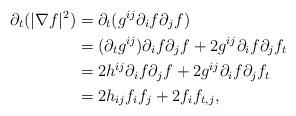
LaTeX: \begin{align*} \partial_t (| \nabla f|^2) & = \partial_t(g^{ij} \partial_i f \partial_j f) \\ \displaystyle &= (\partial_t g^{ij}) \partial_i f \partial_j f + 2 g^{ij} \partial_i f \partial_j f_t \\ \displaystyle & = 2 h^{ij} \partial_i f \partial_j f + 2 g^{ij} \partial_i f \partial_j f_t \\ \displaystyle & = 2 h_{ij} f_i f_j + 2 f_i f_{t, j}, \end{align*}